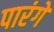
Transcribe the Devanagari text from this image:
पारंगे